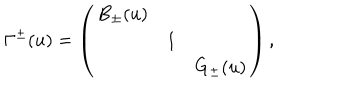
LaTeX: \Gamma ^ { \pm } ( u ) = \left( \begin{array} { c c c } { { B _ { \pm } ( u ) } } & { { } } & { { } } \\ { { } } & { { 1 } } & { { } } \\ { { } } & { { } } & { { G _ { \pm } ( u ) } } \\ \end{array} \right) ,